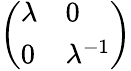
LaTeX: \left(\begin{array}{ll}{\lambda}&{0}\\ {0}&{\lambda^{-1}}\end{array}\right)